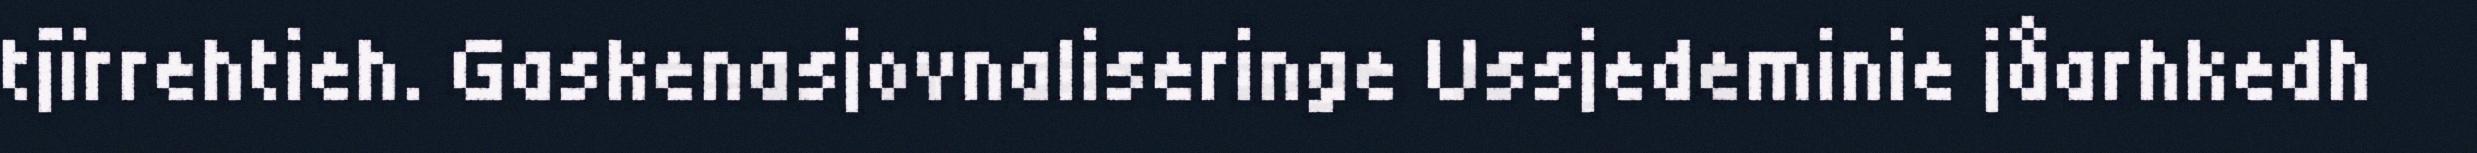
tjïrrehtieh. Gaskenasjovnaliseringe Ussjedeminie jåarhkedh